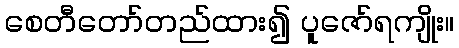
စေတီတော်တည်ထား၍ ပူဇော်ရကျိုး။